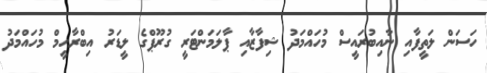
ހަސަން ލަތީފާއި ނާއިބުރައީސް މުހައްމަދު ޝިފާޒާއި ޕާލަމަންޓަރީ ގުރޫޕްގެ ލީޑަރު އިބްރާހީމް މުހައްމަދު